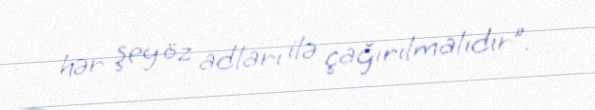
hər şey öz adları ilə çağırılmalıdır”.